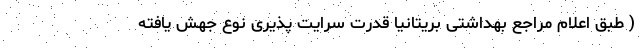
( طبق اعلام مراجع بهداشتی بریتانیا قدرت سرایت پذیری نوع جهش یافته